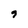
Character: 9